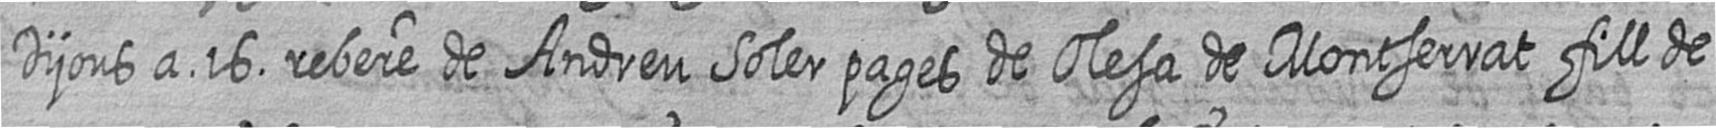
Dijous a 16 rebere de Andreu Soler pages de Olesa de Montserrat fill de